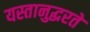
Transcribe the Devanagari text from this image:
यस्तानुद्धरते